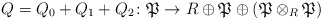
\begin{align*}Q=Q_0+Q_1+Q_2 \colon \mathfrak{P} \to {R} \oplus \mathfrak{P} \oplus (\mathfrak{P}\otimes_{R} \mathfrak{P})\end{align*}